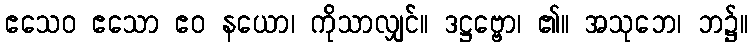
ဧသေဝ ဧသော ဧဝ နယော၊ ကိုသာလျှင်။ ဒဋ္ဌဗ္ဗော၊ ၏။ အသုဘေ၊ ဘ၌။